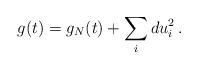
LaTeX: \begin{align*}g (t) = g_N (t) + \sum_i du_i^2 \, .\end{align*}